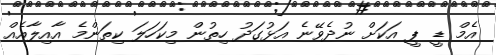
އެމް ޑީ ޕީ އަކަށް ނުދެވޭނެ އަޅުގަދު ހިތުން މިކަހަލަ ކިތަންމެ އާއިލާއެއް